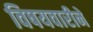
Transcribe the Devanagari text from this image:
विषयवारीने